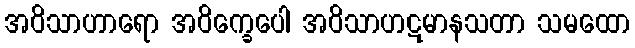
အဝိသာဟာရော အဝိက္ခေပေါ အဝိသာဟဋမာနသတာ သမထော